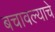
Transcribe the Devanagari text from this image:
बचावल्याचे